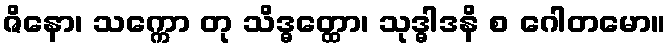
ဇိနော၊ သက္ကော တု သိဒ္ဓတ္ထော၊ သုဒ္ဓါဒနိ စ ဂေါတမော။